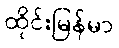
ထိုင်းမြန်မာ